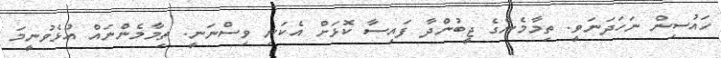
ހައުސިން ނަހަދަނަވީ. ތިމާމެންގެ ޖީބުންދާ ފައިސާ ކޮޅަށް އެކަނި ވިސްނަނީ. ތިމާމެންނަައް އުޅެވުނީމަ